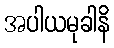
အပါယမုခါနိ